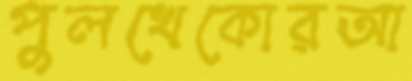
পুলখেকোরআ